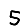
Digit: 5